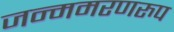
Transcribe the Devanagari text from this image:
जन्ममरणरुप